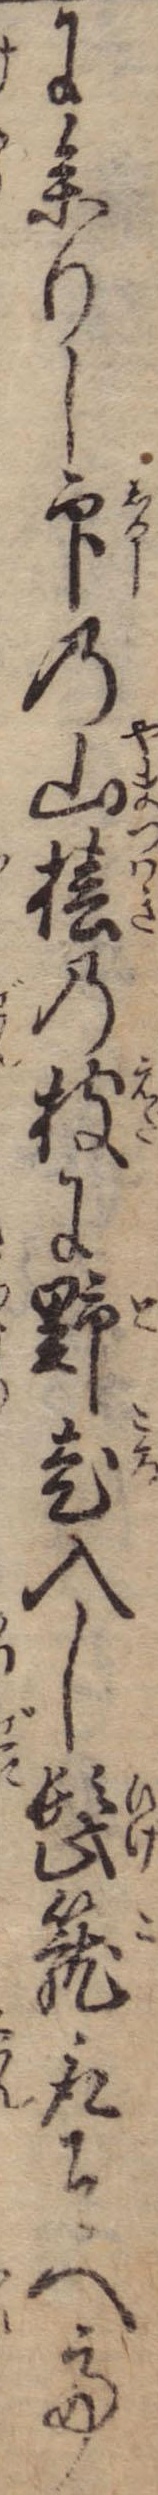
に参りし印の山椿の枝に野老入し髭篭取そへて